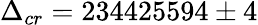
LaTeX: \Delta_{cr}=234425594\pm 4